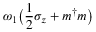
\omega _ { 1 } \big ( \frac { 1 } { 2 } \sigma _ { z } + m ^ { \dag } m \big )